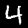
Label: 4